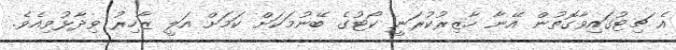
އެ ޗިޓުގައިވާގޮތުން އޭނާ ހާޒިރުކުރަނީ ކޯޓުގެ ބޭނުމަކަށް ކަމަށް އަލީ ޒާހިރު ވިދާޅުވިއެވެ.